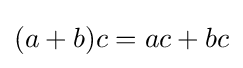
(a+b)c=ac+bc